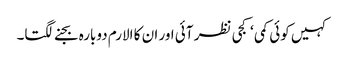
کہیں کوئی کمی ‘کجی نظر آئی اور ان کا الارم دوبارہ بجنے لگتا۔